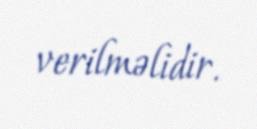
verilməlidir.